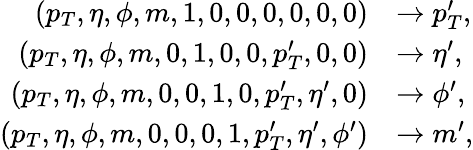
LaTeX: \begin{array}{rl}{(p_{T},\eta,\phi,m,1,0,0,0,0,0,0)}&{\rightarrow p_{T}^{\prime},}\\ {(p_{T},\eta,\phi,m,0,1,0,0,p_{T}^{\prime},0,0)}&{\rightarrow\eta^{\prime},}\\ {(p_{T},\eta,\phi,m,0,0,1,0,p_{T}^{\prime},\eta^{\prime},0)}&{\rightarrow\phi^{\prime},}\\ {(p_{T},\eta,\phi,m,0,0,0,1,p_{T}^{\prime},\eta^{\prime},\phi^{\prime})}&{\rightarrow m^{\prime},}\end{array}